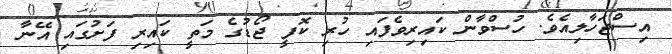
އިސްޖަހާލިއެވެ. ހުސްވާން ކައިރިވެފައި ހުރި ކޮފީ ޖޯޑުގެ މަތީ ކައިރި ފަށުގައި އޭނާ